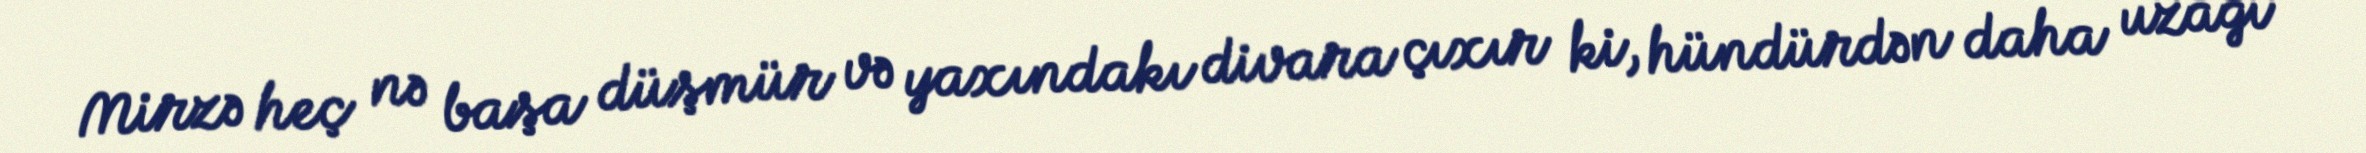
Mirzə heç nə başa düşmür və yaxındakı divara çıxır ki, hündürdən daha uzağı